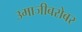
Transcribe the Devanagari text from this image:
उमाजीबरोबर